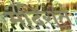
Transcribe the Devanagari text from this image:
मंदिरात